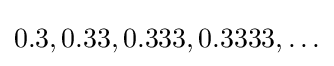
{\textstyle 0.3,0.33,0.333,0.3333,\dots }